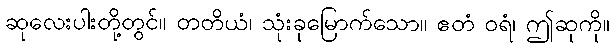
ဆုလေးပါးတို့တွင်။ တတိယံ၊ သုံးခုမြောက်သော။ ဧတံ ဝရံ၊ ဤဆုကို။